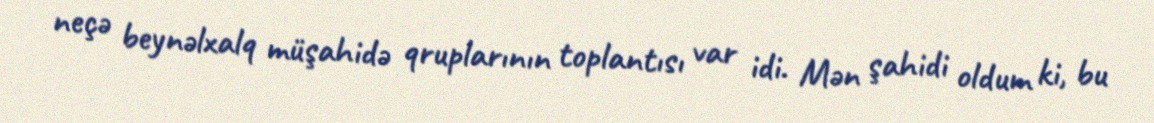
neçə beynəlxalq müşahidə qruplarının toplantısı var idi. Mən şahidi oldum ki, bu